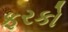
ફરકો